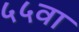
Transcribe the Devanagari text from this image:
५५वा